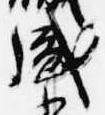
盛